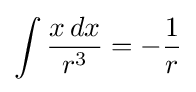
\int {\frac {x\,dx}{r^{3}}}=-{\frac {1}{r}}